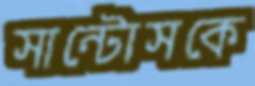
সান্টোসকে